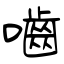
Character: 嚙